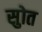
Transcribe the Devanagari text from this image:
सुोत